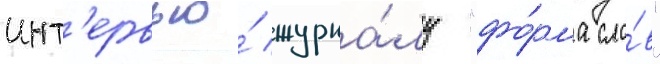
инт'ервью́ журна́лу "фо́рма сло́в"